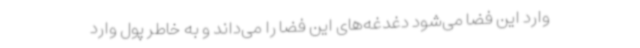
وارد این فضا می‌شود دغدغه‌های این فضا را می‌داند و به خاطر پول وارد